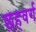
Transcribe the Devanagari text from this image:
छहवर्ग